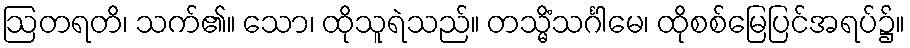
ဩတရတိ၊ သက်၏။ သော၊ ထိုသူရဲသည်။ တသ္မိံသင်္ဂါမေ၊ ထိုစစ်မြေပြင်အရပ်၌။